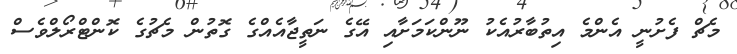
މެޗް ފެށުނީ އެންމެ އިތުބާރުއެކު ނޫންކަމަށާއި އޭގެ ނަތީޖާއެއްގެ ގޮތުން މެޗުގެ ކޮންޓްރޯލްވެސް